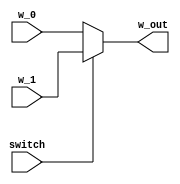
module _switch (input switch, input w_0, input w_1, output w_out);
	assign w_out = (switch) ? w_1 : w_0;
endmodule